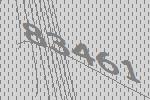
83461